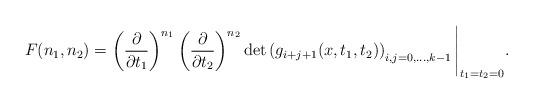
LaTeX: \begin{align*}F(n_1,n_2)= \left( \frac{\partial}{\partial t_1} \right)^{n_1} \left( \frac{\partial}{\partial t_2} \right)^{n_2} \det\left( g_{i+j+1}(x,t_1,t_2) \right)_{i,j=0,\ldots,k-1} \Bigg|_{t_1=t_2=0} .\end{align*}